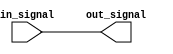
module iov_buffer (
    input wire in_signal,
    output reg out_signal
);

// Low-power buffer implementation
assign out_signal = in_signal;

endmodule